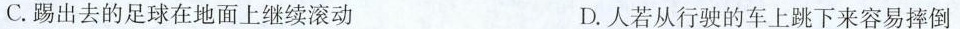
C .踢出去的足球在地面上继续滚动 D. 人若从行驶的车上跳下来容易摔倒